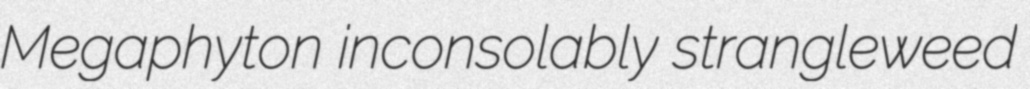
Megaphyton inconsolably strangleweed